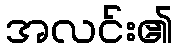
အလင်း၏